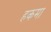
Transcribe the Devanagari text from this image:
हकमा